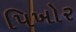
પિખોર